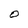
Character: O